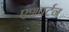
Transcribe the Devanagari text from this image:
एशबर्टन